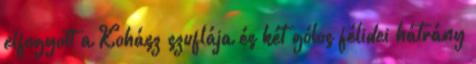
elfogyott a Kohász szuflája és két gólos félidei hátrány